system: You are a helpful assistant.
user:
Analyze the provided spectrum to determine if it is a **"Cataclysmic Variables (CV)"**.

- **Key Indicators for CV (Check for either state):**
    - **State 1: Quiescent / Low-State (Emission-Dominated)**
        - **(Primary):** Strong and *very broad* Hydrogen Balmer emission lines (e.g., $H\alpha$ at 6563 Å, $H\beta$ at 4861 Å). The 'broadness' (high velocity dispersion, often FWHM > 1000 km/s) is the key diagnostic, indicating a high-velocity accretion disk.
        - **(Secondary):** Broad neutral Helium (He I) emission lines (e.g., 5876 Å, 6678 Å).
        - **(Key Confirmation):** Presence of high-excitation *ionized* Helium (He II) emission at 4686 Å. This is a strong indicator of accretion onto a white dwarf.
        - **(Line Profile):** Emission lines may exhibit a 'double-peaked' profile, which is a classic signature of a rotating accretion disk viewed at high inclination.

    - **State 2: Outburst / High-State (Absorption-Dominated)**
        - **(Primary):** Spectrum is dominated by a bright, blue continuum (looks like a hot star).
        - **(Secondary):** The emission lines from State 1 are weak, absent, or 'filled in', and are replaced by broad, shallow *absorption* lines (primarily Balmer and He I).
        - **(Morphology):** The overall spectrum mimics a hot B/A-type star. The crucial difference is that the absorption lines are significantly broader, shallower, and more 'washed-out' (or 'smeared') than the sharp lines of a normal stellar photosphere, due to high rotational speeds and pressure broadening in the disk.

Think first, call **spectral_visualization_tool** if needed to examine features in detail, then provide your final answer. Your response must adhere to the following strict rules:
1.  **Overall Structure:** Your response must follow the format `<think>...</think> <tool_call>...</tool_call> (if a tool is used) <answer>...</answer>`.
2.  **Tool Usage Constraint:** You may only make **one** tool call per turn.
3.  **Final Answer Format:** In the `<answer>` tag, your conclusion must be inside a `\boxed{}` command (e.g., `\boxed{YES}`), followed by your justification.

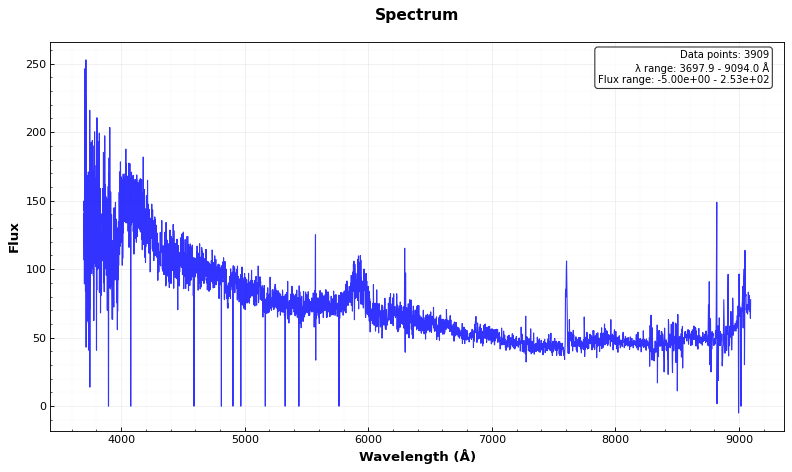
Answer: NO